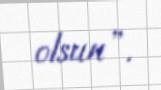
olsun”.